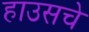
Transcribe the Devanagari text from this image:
हाउसचे